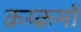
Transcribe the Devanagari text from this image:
क्रय्क्रमों